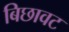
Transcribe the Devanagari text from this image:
बिछावट